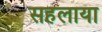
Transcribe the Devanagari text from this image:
सहलाया